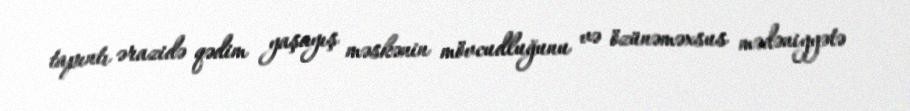
tapıntı ərazidə qədim yaşayış məskənin mövcudluğunu və özünəməxsus mədəniyyətə